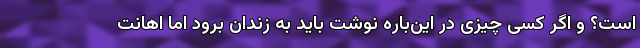
است؟ و اگر کسی چیزی در این‌باره نوشت باید به زندان برود اما اهانت